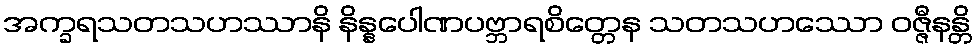
အက္ခရသတသဟဿာနိ နိန္နပေါဏပဗ္ဘာရစိတ္တေန သတသဟဿော ဝဇ္ဇီနန္တိ